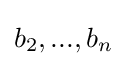
b_{2},...,b_{n}